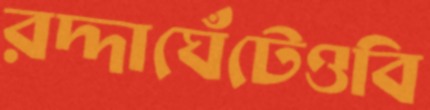
রদ্দাঘেঁটেওবি